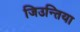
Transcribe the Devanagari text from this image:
जिउन्तिया